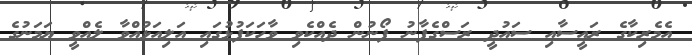
އެމެރިކާގެ ރައީސާއި ސައުދީ ރަސްގެފާނު ފޯނުން ދެއްކެވި ވާހަކަފުޅުގައި އަލިއަޅުއްވާ ލެއްވީ ޔަމަނުގެ